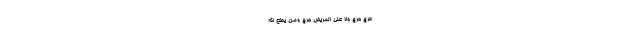
َعْرَجِ حَرَجٌ وَلَا عَلَى الْمَرِيضِ حَرَجٌ وَمَنْ يُطِعِ اللَّهَ